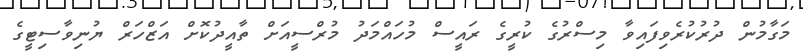
މަގާމުން ދުރުކުރެވިފައިވާ މިސްރުގެ ކުރީގެ ރައީސް މުހައްމަދު މުރްސީއަށް ތާއީދުކޮށް އަޒްހަރް ޔުނިވާސިޓީގެ